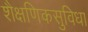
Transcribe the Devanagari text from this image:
शैक्षणिकसुविधा